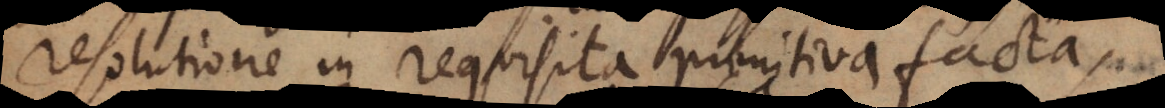
resolutione in requisita primitiva facta,